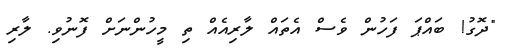
"ދޮގު! ބައްޕަ ފަހުން ވެސް އެތައް ލާރިއެއް ތި މީހުންނަށް ފޮނުވި. ލާރި